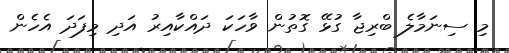
މި ސިނަމާލެ ބްރިޖާ ގުޅޭ ގޮތުން ވާހަކަ ދައްކާއިރު އަދި މިފަދަ އެހެން